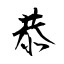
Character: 恭